Bréfritari: Sigríður Pálsdóttir
Viðtakandi: Páll Pálsson
Dagsetning: A-1862-05-27
Skrifað á: Breiðabólsstað  Rang.
Páll var bróðir Sigríðar

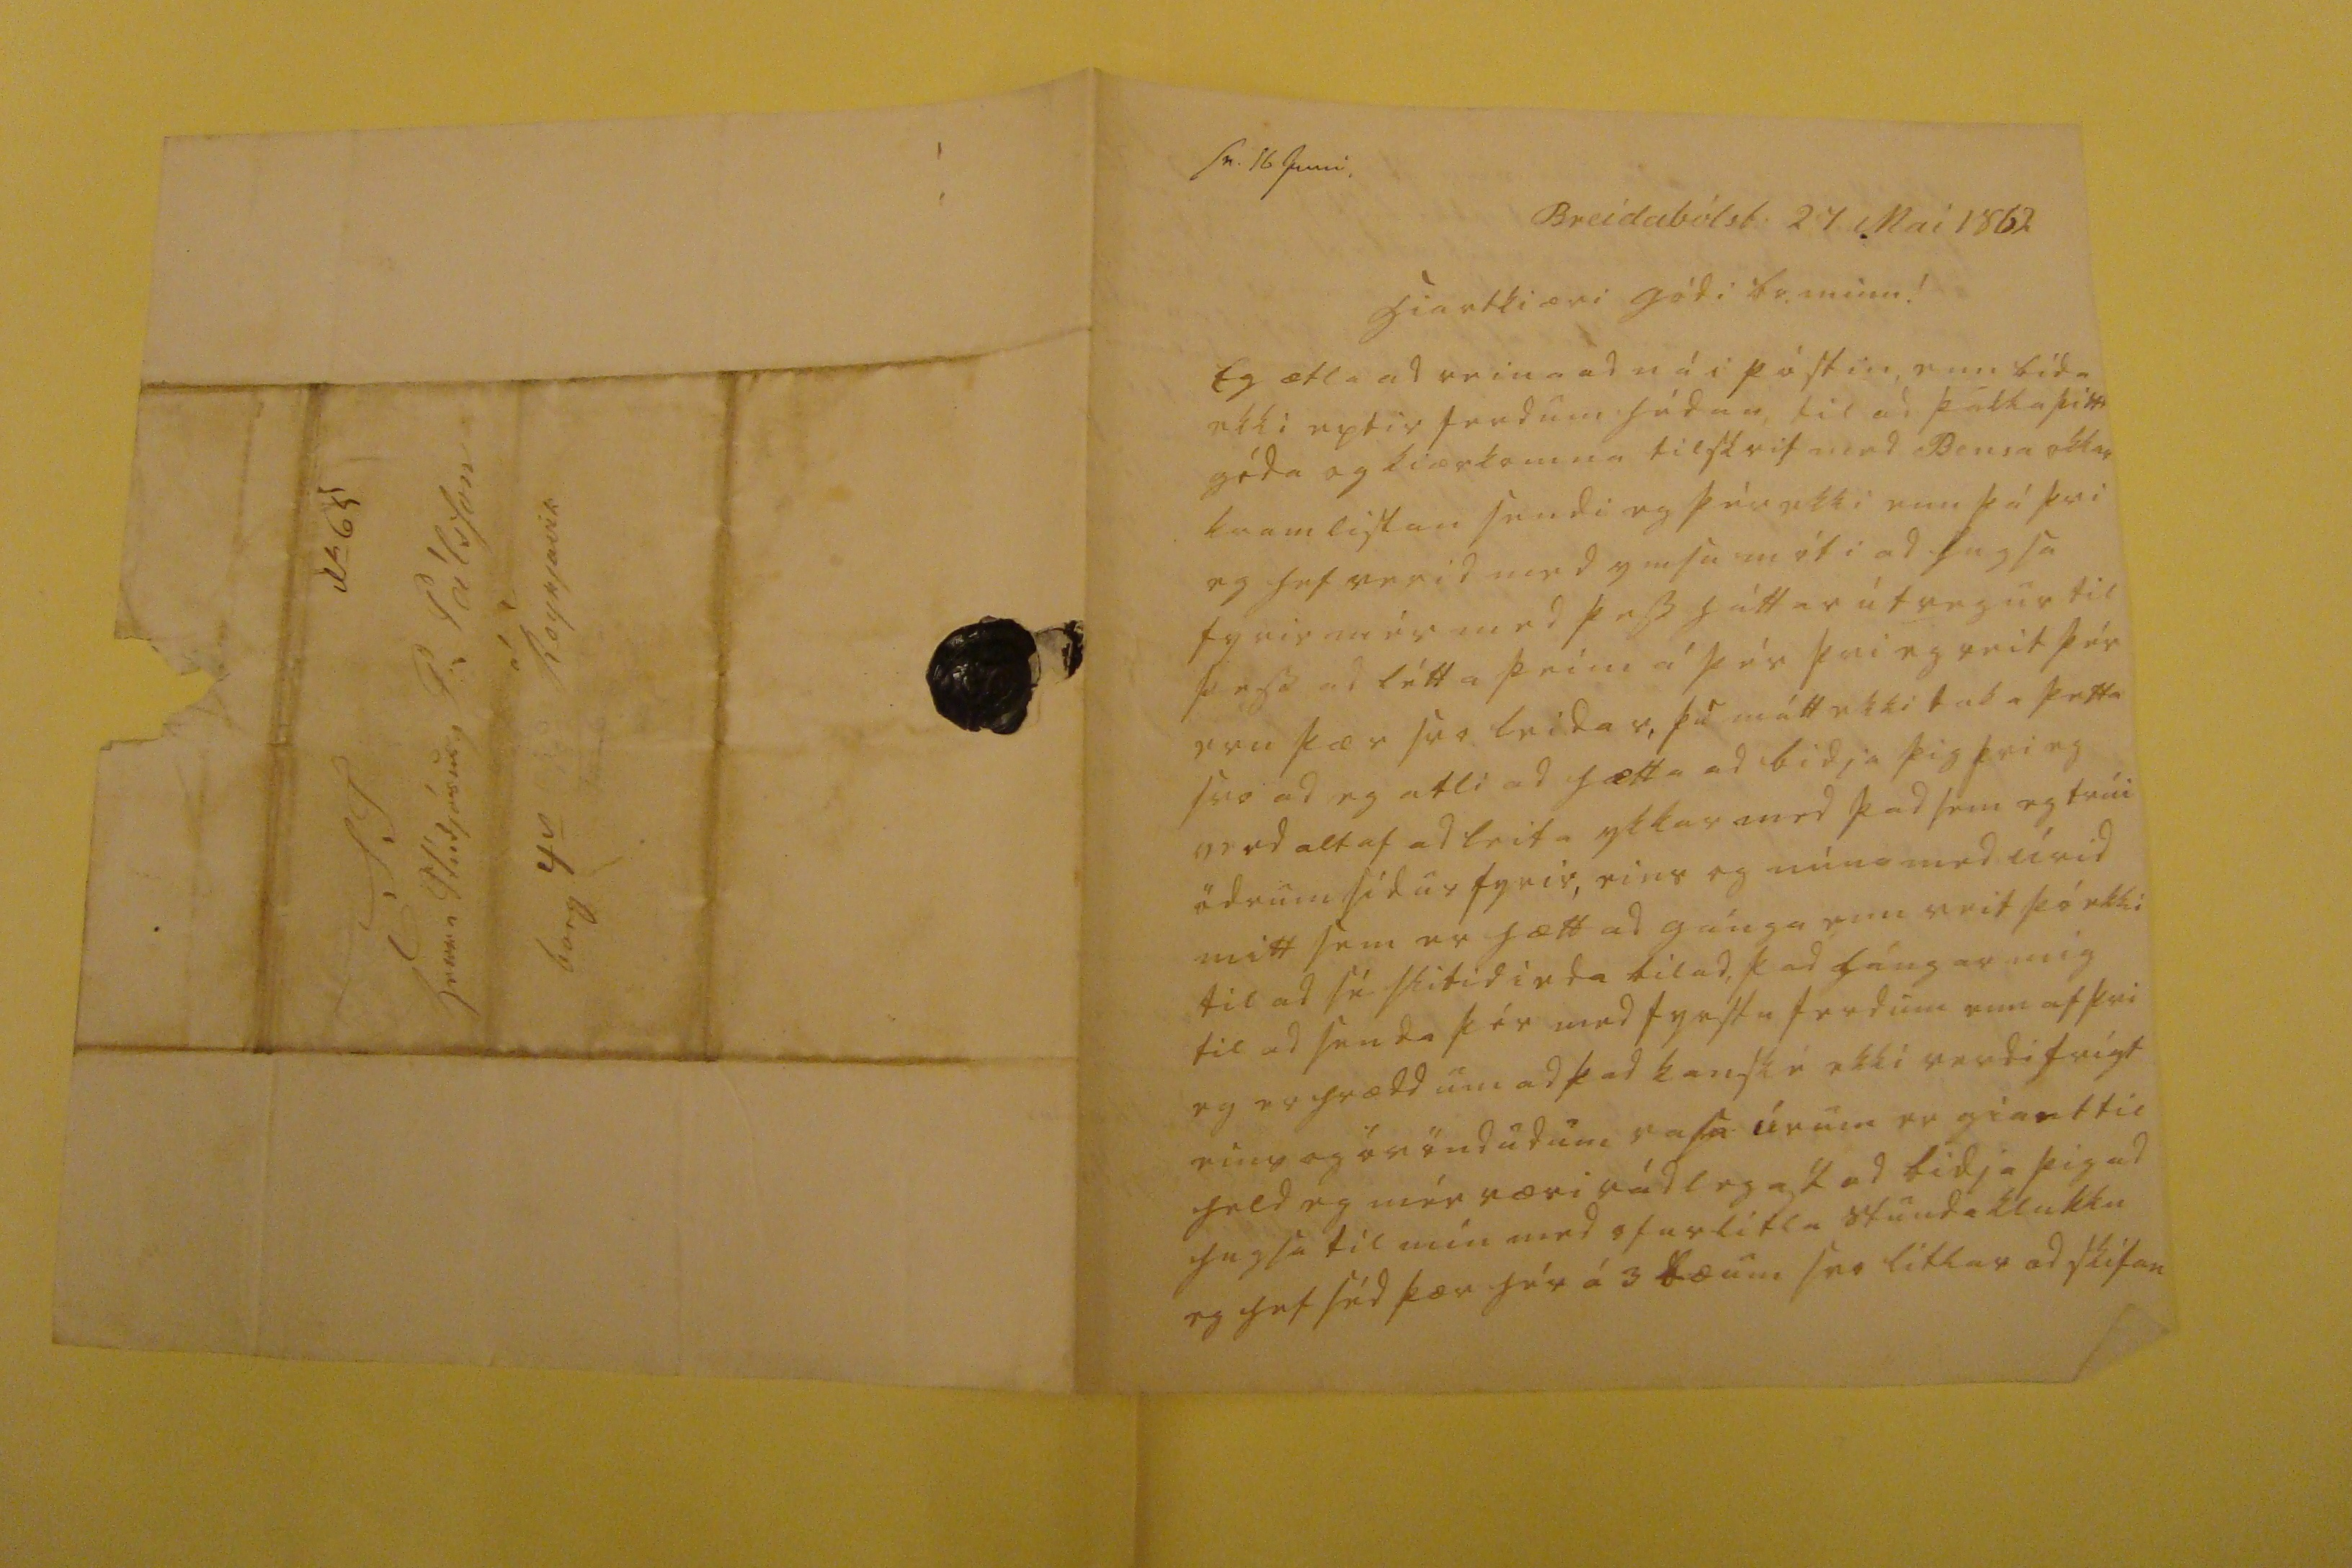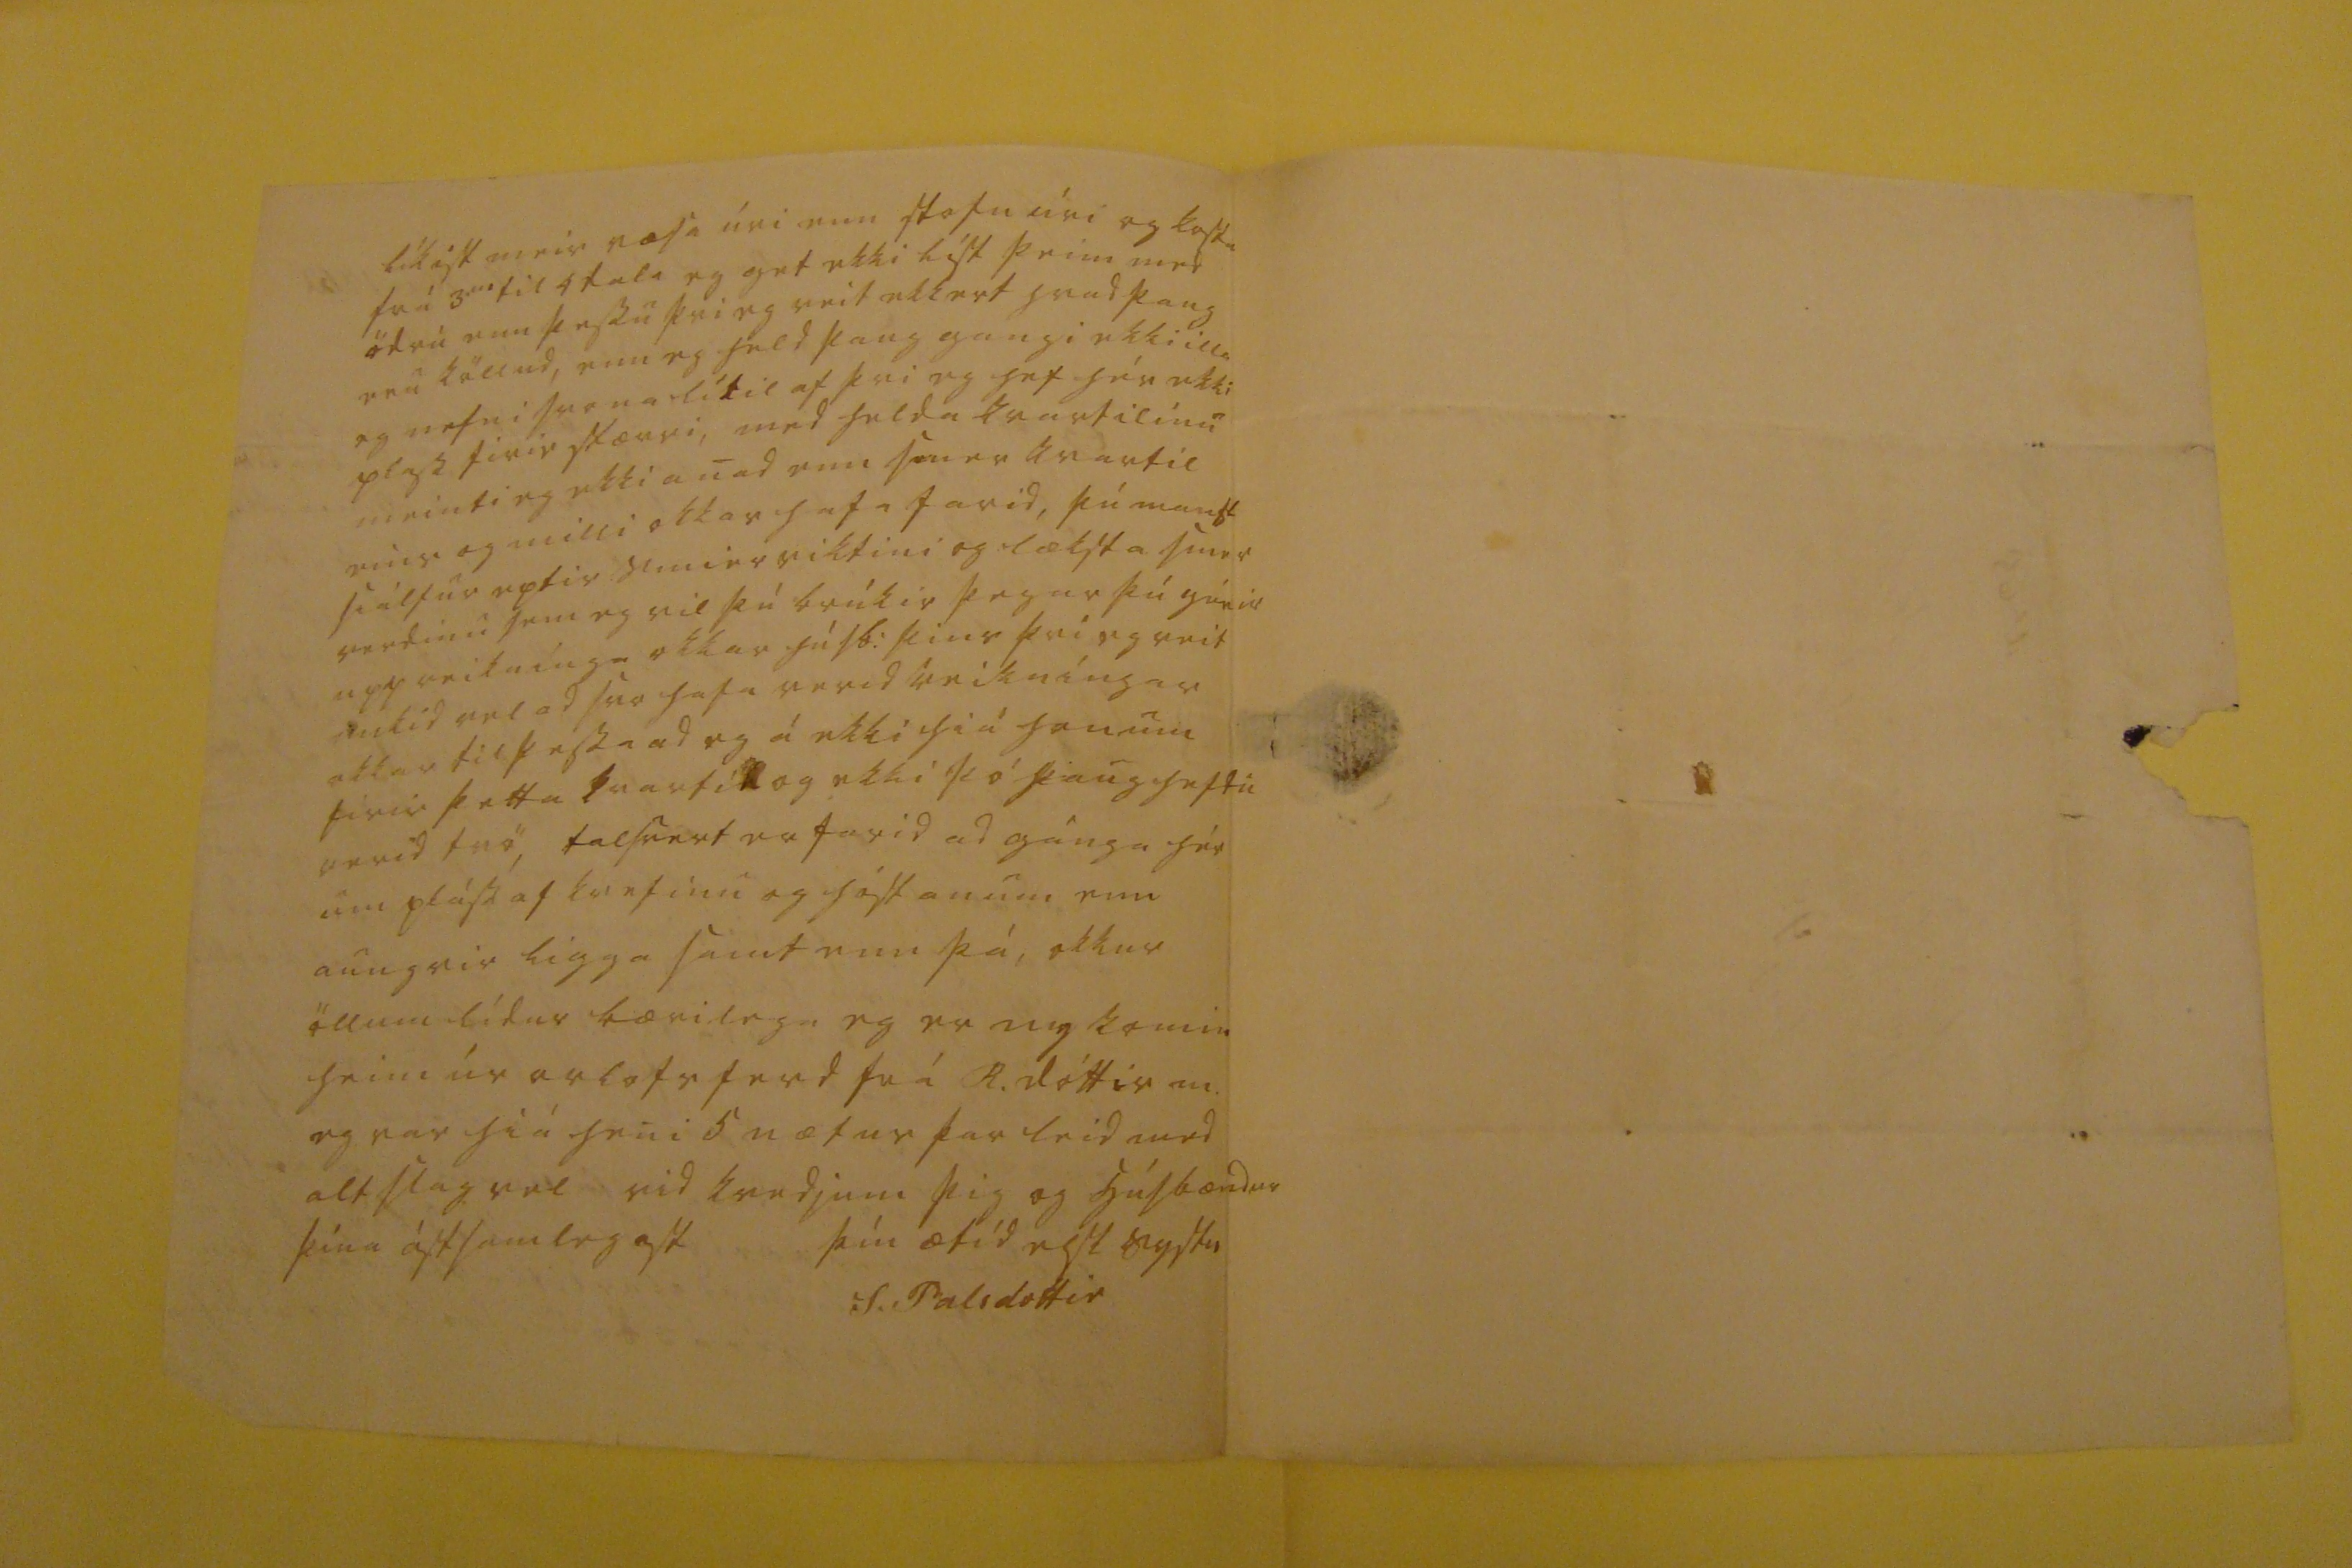

sv. 16 Juni.
Breidabólst. 24 Mai 1862
hiartkiæri gódi br. minn!
Eg ætla ad reina ad ná i póstin, enn bída ekki eptir ferdum hédan, til ad þakka þitt góda og kiærkomna tilskrif med
Ben0a okkar kramlistan
sendi eg þér ekki enn þá þvi eg hef verid med ymsu móti ad hugsa fyrir mér med þess háttar útvegur til þess ad létta þeim á þér þvi eg veit þér eru þær svo leidar, þu mátt ekki taka þetta svo ad eg atli ad hætta ad bidja þig þvi eg verd altaf ad leita ykkar med þad sem eg trúi ödrum sídur fyrir, eins og núna med úrid mitt sem er hætt ad gánga enn veit þó ekki til ad sé slitid i eda bilad, þad lángar mig til ad senda þér med fyrstu ferdum enn af þvi eg er hrædd um ad þad kanské ekki verdi
trigt
eins og óvöndudum
vasa úrum
er giant til held eg mér væri rádlegast ad bidja þig ad hugsa til mín med ofurlitla stundaklukku eg hef séd þær á 3 bæum svo litlar ad skífan
líkist meir vasa úri enn stofu úri og kosta frá 3
ur
til 4 dala eg get ekki líst þeim med ödru enn þessu þvi eg veit ekkert hvad þaug eru köllud, enn eg held þaug gangi ekki illa eg nefni svona lítil af þvi eg hef hér ekki plass firir stærri, med helda kvartilinu meinti eg ekki anad enn
smer
kvartil eins og milli okkar hafa farid, þú manst siálfur eptir smierviktini og læksta smer verdinu sem eg vil þú brúkir þegar þú gérir upp reiknínga okkar húsb: þins þvi eg veit mikid vel ad svo hafa verid reikníngar okkar til þessa ad eg á ekki hiá honum firir þetta kvartil og ekki þó þaug
heftu
verid tvö, talsvert er farid ad gánga hér um pláss af kvefinu og hóstanum enn aungvir ligga samt enn þá, okkur öllum lídur bærilega eg er ny komin heim úr orlofs ferd frá R. dóttir m. eg var hía heni 5 nætur þar leid med alt slag vel vid kvedjum þig og húsbændur þína ástsamlegast
þín ætíd elsk systir
S. Palsdottir
N
0
65 S T herra Stúdjósus P: Pálsson á Reykjavík borg 4
v